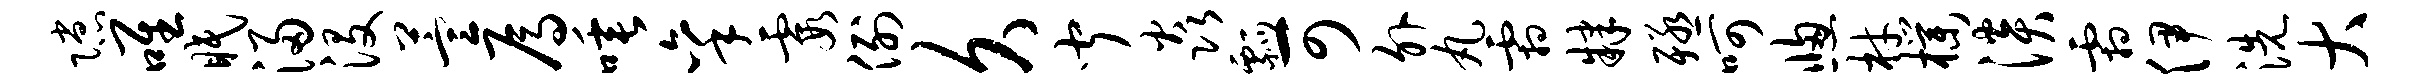
隙唯眠浸没萱焉唾秉霞例久闻焱瓢可外丸霜肄殛呵窗材朴淡霜伊洗大